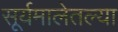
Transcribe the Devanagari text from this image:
सूर्यमालेतल्या